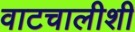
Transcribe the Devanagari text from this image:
वाटचालीशी